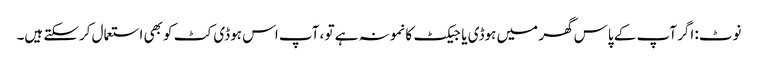
نوٹ: اگر آپ کے پاس گھر میں ہوڈی یا جیکٹ کا نمونہ ہے تو ، آپ اس ہوڈی کٹ کو بھی استعمال کرسکتے ہیں۔